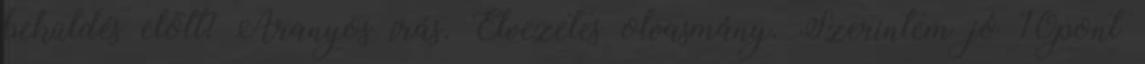
beküldés előtt? Aranyos írás. Élvezetes olvasmány. Szerintem jó 10pont